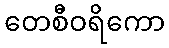
တေစီဝရိကော